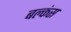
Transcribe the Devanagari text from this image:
बल्कंस